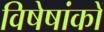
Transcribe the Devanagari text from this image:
विषेषांकों